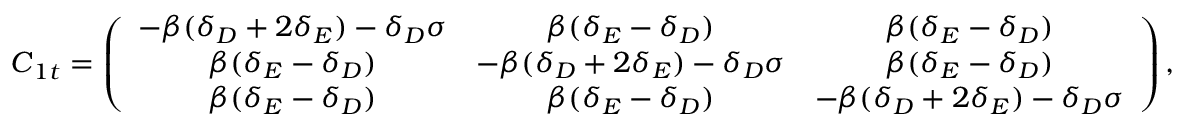
\begin{array} { r } { \boldsymbol C _ { 1 t } = \left( \begin{array} { c c c } { - \beta ( \delta _ { D } + 2 \delta _ { E } ) - \delta _ { D } \sigma } & { \beta ( \delta _ { E } - \delta _ { D } ) } & { \beta ( \delta _ { E } - \delta _ { D } ) } \\ { \beta ( \delta _ { E } - \delta _ { D } ) } & { - \beta ( \delta _ { D } + 2 \delta _ { E } ) - \delta _ { D } \sigma } & { \beta ( \delta _ { E } - \delta _ { D } ) } \\ { \beta ( \delta _ { E } - \delta _ { D } ) } & { \beta ( \delta _ { E } - \delta _ { D } ) } & { - \beta ( \delta _ { D } + 2 \delta _ { E } ) - \delta _ { D } \sigma } \end{array} \right) , } \end{array}